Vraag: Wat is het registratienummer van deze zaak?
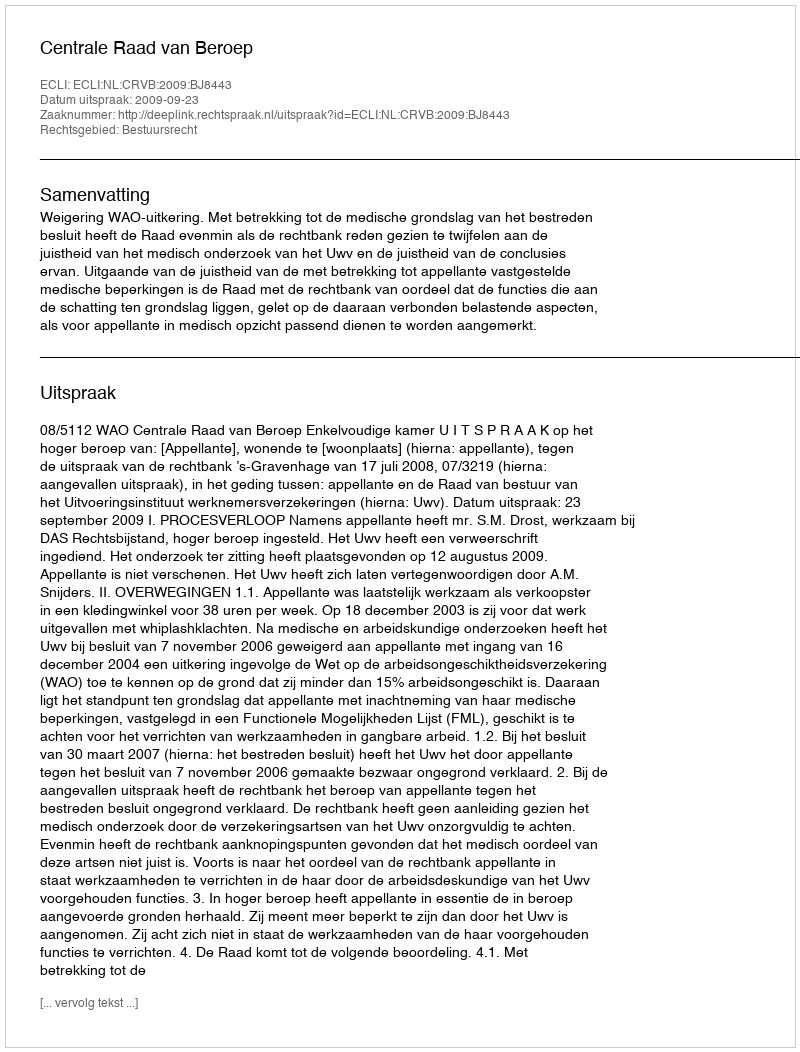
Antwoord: http://deeplink.rechtspraak.nl/uitspraak?id=ECLI:NL:CRVB:2009:BJ8443